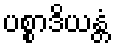
ပစ္စာဒိယန္တံ